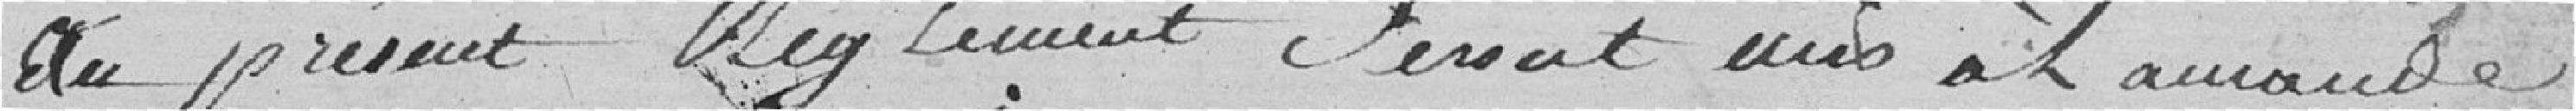
au présent règlement sera mis à l'amande